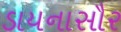
ડાયનાસૌર